画像に写った文字を読んでください
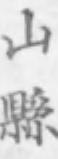
「山縣」と書いてあります